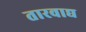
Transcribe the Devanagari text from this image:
तारवाद्य